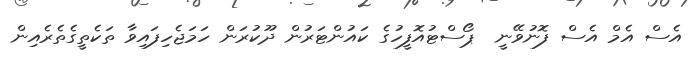
އެސް އެމް އެސް ފޮނުވޭނީ  ޕޯސްޓުއޮފީހުގެ ކައުންޓަރުން ދޫކުރަން ހަމަޖެހިފައިވާ ތަކެތީގެތެރެއިން